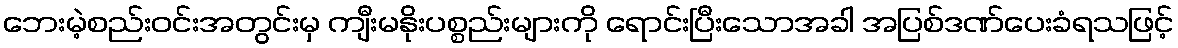
ဘေးမဲ့စည်းဝင်းအတွင်းမှ ကျီးမနိုးပစ္စည်းများကို ရောင်းပြီးသောအခါ အပြစ်ဒဏ်ပေးခံရသဖြင့်